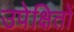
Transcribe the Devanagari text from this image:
उपेक्षितों